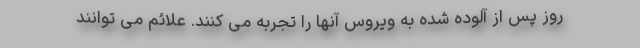
روز پس از آلوده شده به ویروس آنها را تجربه می کنند. علائم می توانند